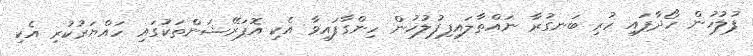
ފުލުހުން ހޯދާފައި ހުރި ބަނގުރާ ނައްތާލައިފިފުލުހުން ހިންގާފައިވާ އެކި އޮޕަރޭޝަންތަކުގައި ހައްޔަރުކުރި އެކި